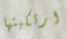
ارتكبتها